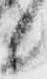
候